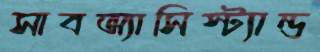
সাবঅ্যাসিস্ট্যান্ড